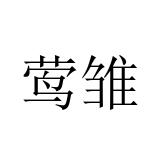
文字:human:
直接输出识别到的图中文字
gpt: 莺雏